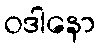
ဝဒါနော